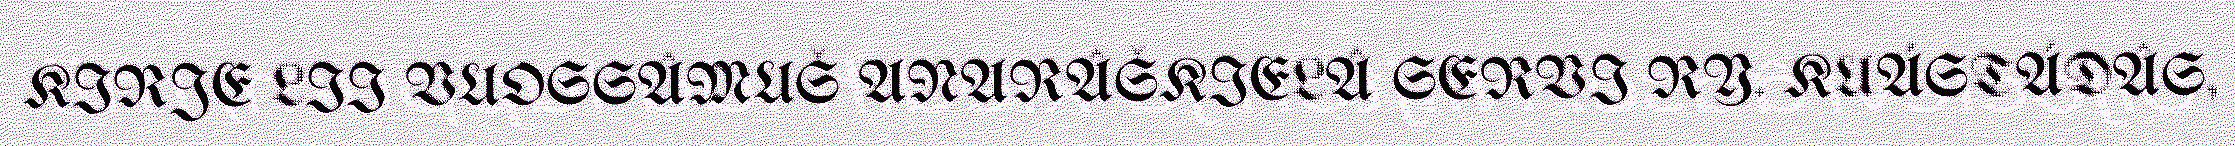
KIRJE LII VUOSSÂMUŠ ANARÂŠKIELÂ SERVI RY. KUÁSTÁDÂS,